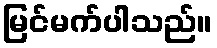
မြင်မက်ပါသည်။